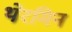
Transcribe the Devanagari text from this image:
थेरमिन